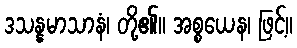
ဒသန္နမာသာနံ၊ တို့၏။ အစ္စယေန၊ ဖြင့်။